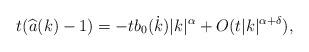
LaTeX: \begin{align*}t(\widehat{a}(k)-1)=-tb_0(\dot{k})|k|^{\alpha}+O(t|k|^{\alpha+\delta}),\end{align*}